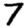
Digit: 7